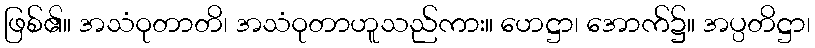
ဖြစ်၏။ အသံဝုတာတိ၊ အသံဝုတာဟူသည်ကား။ ဟေဋ္ဌာ၊ အောက်၌။ အပ္ပတိဋ္ဌာ၊